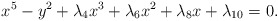
\begin{align*}x^5 - y^2 + \lambda_4 x^3 + \lambda_6 x^2 + \lambda_8 x + \lambda_{10}=0.\end{align*}